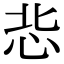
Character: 𢘠